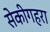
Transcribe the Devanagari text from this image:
सेकीगहरा